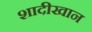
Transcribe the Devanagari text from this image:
शादीखान